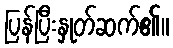
ပြန်ပြီးနှုတ်ဆက်၏။